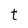
Character: t